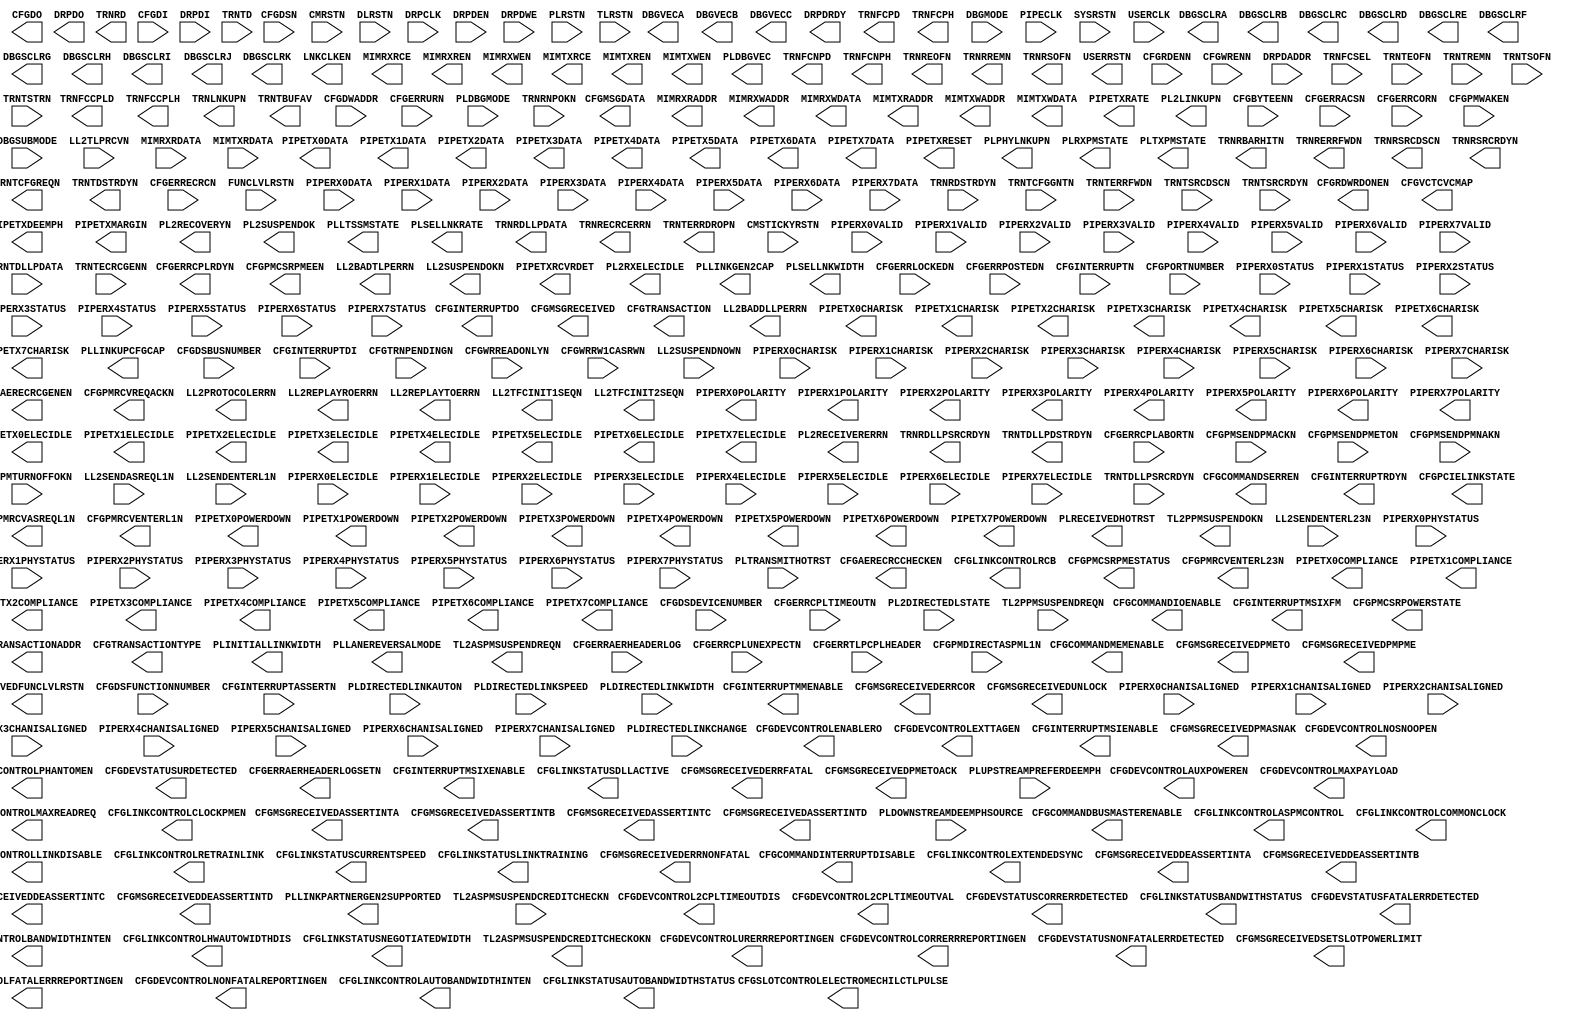
// $Header: /devl/xcs/repo/env/Databases/CAEInterfaces/xec_libs/data/unisims/PCIE_2_0.v,v 1.3 2009/08/22 00:32:35 harikr Exp $
///////////////////////////////////////////////////////////////////////////////
// Copyright (c) 1995/2009 Xilinx, Inc.
// All Right Reserved.
///////////////////////////////////////////////////////////////////////////////
//   ____  ____
//  /   /\/   /
// /___/  \  /    Vendor : Xilinx
// \   \   \/     Version : 11.1i (L.11)
//  \   \         Description : Xilinx Formal Library Component
//  /   /
// /___/   /\     Filename : PCIE_2_0.v
// \   \  /  \    Timestamp :
//  \___\/\___\
//
// Revision:
//    04/28/09 - Initial version.
// End Revision

`timescale 1 ps / 1 ps 

module PCIE_2_0 (
  CFGAERECRCCHECKEN,
  CFGAERECRCGENEN,
  CFGCOMMANDBUSMASTERENABLE,
  CFGCOMMANDINTERRUPTDISABLE,
  CFGCOMMANDIOENABLE,
  CFGCOMMANDMEMENABLE,
  CFGCOMMANDSERREN,
  CFGDEVCONTROL2CPLTIMEOUTDIS,
  CFGDEVCONTROL2CPLTIMEOUTVAL,
  CFGDEVCONTROLAUXPOWEREN,
  CFGDEVCONTROLCORRERRREPORTINGEN,
  CFGDEVCONTROLENABLERO,
  CFGDEVCONTROLEXTTAGEN,
  CFGDEVCONTROLFATALERRREPORTINGEN,
  CFGDEVCONTROLMAXPAYLOAD,
  CFGDEVCONTROLMAXREADREQ,
  CFGDEVCONTROLNONFATALREPORTINGEN,
  CFGDEVCONTROLNOSNOOPEN,
  CFGDEVCONTROLPHANTOMEN,
  CFGDEVCONTROLURERRREPORTINGEN,
  CFGDEVSTATUSCORRERRDETECTED,
  CFGDEVSTATUSFATALERRDETECTED,
  CFGDEVSTATUSNONFATALERRDETECTED,
  CFGDEVSTATUSURDETECTED,
  CFGDO,
  CFGERRAERHEADERLOGSETN,
  CFGERRCPLRDYN,
  CFGINTERRUPTDO,
  CFGINTERRUPTMMENABLE,
  CFGINTERRUPTMSIENABLE,
  CFGINTERRUPTMSIXENABLE,
  CFGINTERRUPTMSIXFM,
  CFGINTERRUPTRDYN,
  CFGLINKCONTROLASPMCONTROL,
  CFGLINKCONTROLAUTOBANDWIDTHINTEN,
  CFGLINKCONTROLBANDWIDTHINTEN,
  CFGLINKCONTROLCLOCKPMEN,
  CFGLINKCONTROLCOMMONCLOCK,
  CFGLINKCONTROLEXTENDEDSYNC,
  CFGLINKCONTROLHWAUTOWIDTHDIS,
  CFGLINKCONTROLLINKDISABLE,
  CFGLINKCONTROLRCB,
  CFGLINKCONTROLRETRAINLINK,
  CFGLINKSTATUSAUTOBANDWIDTHSTATUS,
  CFGLINKSTATUSBANDWITHSTATUS,
  CFGLINKSTATUSCURRENTSPEED,
  CFGLINKSTATUSDLLACTIVE,
  CFGLINKSTATUSLINKTRAINING,
  CFGLINKSTATUSNEGOTIATEDWIDTH,
  CFGMSGDATA,
  CFGMSGRECEIVED,
  CFGMSGRECEIVEDASSERTINTA,
  CFGMSGRECEIVEDASSERTINTB,
  CFGMSGRECEIVEDASSERTINTC,
  CFGMSGRECEIVEDASSERTINTD,
  CFGMSGRECEIVEDDEASSERTINTA,
  CFGMSGRECEIVEDDEASSERTINTB,
  CFGMSGRECEIVEDDEASSERTINTC,
  CFGMSGRECEIVEDDEASSERTINTD,
  CFGMSGRECEIVEDERRCOR,
  CFGMSGRECEIVEDERRFATAL,
  CFGMSGRECEIVEDERRNONFATAL,
  CFGMSGRECEIVEDPMASNAK,
  CFGMSGRECEIVEDPMETO,
  CFGMSGRECEIVEDPMETOACK,
  CFGMSGRECEIVEDPMPME,
  CFGMSGRECEIVEDSETSLOTPOWERLIMIT,
  CFGMSGRECEIVEDUNLOCK,
  CFGPCIELINKSTATE,
  CFGPMCSRPMEEN,
  CFGPMCSRPMESTATUS,
  CFGPMCSRPOWERSTATE,	 
  CFGPMRCVASREQL1N,
  CFGPMRCVENTERL1N,
  CFGPMRCVENTERL23N,
  CFGPMRCVREQACKN,
  CFGRDWRDONEN,
  CFGSLOTCONTROLELECTROMECHILCTLPULSE,
  CFGTRANSACTION,
  CFGTRANSACTIONADDR,
  CFGTRANSACTIONTYPE,
  CFGVCTCVCMAP,
  DBGSCLRA,
  DBGSCLRB,
  DBGSCLRC,
  DBGSCLRD,
  DBGSCLRE,
  DBGSCLRF,
  DBGSCLRG,
  DBGSCLRH,
  DBGSCLRI,
  DBGSCLRJ,
  DBGSCLRK,
  DBGVECA,
  DBGVECB,
  DBGVECC,
  DRPDO,
  DRPDRDY,
  LL2BADDLLPERRN,
  LL2BADTLPERRN,
  LL2PROTOCOLERRN,
  LL2REPLAYROERRN,
  LL2REPLAYTOERRN,
  LL2SUSPENDOKN,
  LL2TFCINIT1SEQN,
  LL2TFCINIT2SEQN,
  LNKCLKEN,		 
  MIMRXRADDR,
  MIMRXRCE,
  MIMRXREN,
  MIMRXWADDR,
  MIMRXWDATA,
  MIMRXWEN,
  MIMTXRADDR,
  MIMTXRCE,
  MIMTXREN,
  MIMTXWADDR,
  MIMTXWDATA,
  MIMTXWEN,
  PIPERX0POLARITY,
  PIPERX1POLARITY,
  PIPERX2POLARITY,
  PIPERX3POLARITY,
  PIPERX4POLARITY,
  PIPERX5POLARITY,
  PIPERX6POLARITY,
  PIPERX7POLARITY,
  PIPETX0CHARISK,
  PIPETX0COMPLIANCE,
  PIPETX0DATA,
  PIPETX0ELECIDLE,
  PIPETX0POWERDOWN,
  PIPETX1CHARISK,
  PIPETX1COMPLIANCE,
  PIPETX1DATA,
  PIPETX1ELECIDLE,
  PIPETX1POWERDOWN,
  PIPETX2CHARISK,
  PIPETX2COMPLIANCE,
  PIPETX2DATA,
  PIPETX2ELECIDLE,
  PIPETX2POWERDOWN,
  PIPETX3CHARISK,
  PIPETX3COMPLIANCE,
  PIPETX3DATA,
  PIPETX3ELECIDLE,
  PIPETX3POWERDOWN,
  PIPETX4CHARISK,
  PIPETX4COMPLIANCE,
  PIPETX4DATA,
  PIPETX4ELECIDLE,
  PIPETX4POWERDOWN,
  PIPETX5CHARISK,
  PIPETX5COMPLIANCE,
  PIPETX5DATA,
  PIPETX5ELECIDLE,
  PIPETX5POWERDOWN,
  PIPETX6CHARISK,
  PIPETX6COMPLIANCE,
  PIPETX6DATA,
  PIPETX6ELECIDLE,
  PIPETX6POWERDOWN,
  PIPETX7CHARISK,
  PIPETX7COMPLIANCE,
  PIPETX7DATA,
  PIPETX7ELECIDLE,
  PIPETX7POWERDOWN,
  PIPETXDEEMPH,
  PIPETXMARGIN,
  PIPETXRATE,
  PIPETXRCVRDET,
  PIPETXRESET,
  PL2LINKUPN,
  PL2RECEIVERERRN,
  PL2RECOVERYN,
  PL2RXELECIDLE,
  PL2SUSPENDOK,
  PLDBGVEC,
  PLINITIALLINKWIDTH,
  PLLANEREVERSALMODE,
  PLLINKGEN2CAP,
  PLLINKPARTNERGEN2SUPPORTED,
  PLLINKUPCFGCAP,
  PLLTSSMSTATE,
  PLPHYLNKUPN,
  PLRECEIVEDHOTRST,
  PLRXPMSTATE,
  PLSELLNKRATE,
  PLSELLNKWIDTH,
  PLTXPMSTATE,
  RECEIVEDFUNCLVLRSTN,
  TL2ASPMSUSPENDCREDITCHECKOKN,
  TL2ASPMSUSPENDREQN,
  TL2PPMSUSPENDOKN,
  TRNFCCPLD,
  TRNFCCPLH,
  TRNFCNPD,
  TRNFCNPH,
  TRNFCPD,
  TRNFCPH,
  TRNLNKUPN,
  TRNRBARHITN,
  TRNRD,
  TRNRDLLPDATA,
  TRNRDLLPSRCRDYN,
  TRNRECRCERRN,
  TRNREOFN,
  TRNRERRFWDN,
  TRNRREMN,
  TRNRSOFN,
  TRNRSRCDSCN,
  TRNRSRCRDYN,
  TRNTBUFAV,
  TRNTCFGREQN,
  TRNTDLLPDSTRDYN,
  TRNTDSTRDYN,
  TRNTERRDROPN,
  USERRSTN,
  CFGBYTEENN,
  CFGDI,
  CFGDSBUSNUMBER,
  CFGDSDEVICENUMBER,
  CFGDSFUNCTIONNUMBER,
  CFGDSN,
  CFGDWADDR,
  CFGERRACSN,
  CFGERRAERHEADERLOG,
  CFGERRCORN,
  CFGERRCPLABORTN,
  CFGERRCPLTIMEOUTN,
  CFGERRCPLUNEXPECTN,
  CFGERRECRCN,
  CFGERRLOCKEDN,
  CFGERRPOSTEDN,
  CFGERRTLPCPLHEADER,
  CFGERRURN,
  CFGINTERRUPTASSERTN,
  CFGINTERRUPTDI,
  CFGINTERRUPTN,
  CFGPMDIRECTASPML1N,
  CFGPMSENDPMACKN,
  CFGPMSENDPMETON,
  CFGPMSENDPMNAKN,
  CFGPMTURNOFFOKN,
  CFGPMWAKEN,
  CFGPORTNUMBER,
  CFGRDENN,
  CFGTRNPENDINGN,
  CFGWRENN,
  CFGWRREADONLYN,
  CFGWRRW1CASRWN,
  CMRSTN,
  CMSTICKYRSTN,
  DBGMODE,
  DBGSUBMODE,
  DLRSTN,
  DRPCLK,
  DRPDADDR,
  DRPDEN,
  DRPDI,
  DRPDWE,
  FUNCLVLRSTN,
  LL2SENDASREQL1N,
  LL2SENDENTERL1N,
  LL2SENDENTERL23N,
  LL2SUSPENDNOWN,
  LL2TLPRCVN,
  MIMRXRDATA,
  MIMTXRDATA,
  PIPECLK,
  PIPERX0CHANISALIGNED,
  PIPERX0CHARISK,
  PIPERX0DATA,
  PIPERX0ELECIDLE,
  PIPERX0PHYSTATUS,
  PIPERX0STATUS,
  PIPERX0VALID,
  PIPERX1CHANISALIGNED,
  PIPERX1CHARISK,
  PIPERX1DATA,
  PIPERX1ELECIDLE,
  PIPERX1PHYSTATUS,
  PIPERX1STATUS,
  PIPERX1VALID,
  PIPERX2CHANISALIGNED,
  PIPERX2CHARISK,
  PIPERX2DATA,
  PIPERX2ELECIDLE,
  PIPERX2PHYSTATUS,
  PIPERX2STATUS,
  PIPERX2VALID,
  PIPERX3CHANISALIGNED,
  PIPERX3CHARISK,
  PIPERX3DATA,
  PIPERX3ELECIDLE,
  PIPERX3PHYSTATUS,
  PIPERX3STATUS,
  PIPERX3VALID,
  PIPERX4CHANISALIGNED,
  PIPERX4CHARISK,
  PIPERX4DATA,
  PIPERX4ELECIDLE,
  PIPERX4PHYSTATUS,
  PIPERX4STATUS,
  PIPERX4VALID,
  PIPERX5CHANISALIGNED,
  PIPERX5CHARISK,
  PIPERX5DATA,
  PIPERX5ELECIDLE,
  PIPERX5PHYSTATUS,
  PIPERX5STATUS,
  PIPERX5VALID,
  PIPERX6CHANISALIGNED,
  PIPERX6CHARISK,
  PIPERX6DATA,
  PIPERX6ELECIDLE,
  PIPERX6PHYSTATUS,
  PIPERX6STATUS,
  PIPERX6VALID,
  PIPERX7CHANISALIGNED,
  PIPERX7CHARISK,
  PIPERX7DATA,
  PIPERX7ELECIDLE,
  PIPERX7PHYSTATUS,
  PIPERX7STATUS,
  PIPERX7VALID,
  PL2DIRECTEDLSTATE,
  PLDBGMODE,
  PLDIRECTEDLINKAUTON,
  PLDIRECTEDLINKCHANGE,
  PLDIRECTEDLINKSPEED,
  PLDIRECTEDLINKWIDTH,
  PLDOWNSTREAMDEEMPHSOURCE,
  PLRSTN,
  PLTRANSMITHOTRST,
  PLUPSTREAMPREFERDEEMPH,
  SYSRSTN,
  TL2ASPMSUSPENDCREDITCHECKN,
  TL2PPMSUSPENDREQN,
  TLRSTN,
  TRNFCSEL,
  TRNRDSTRDYN,
  TRNRNPOKN,
  TRNTCFGGNTN,
  TRNTD,
  TRNTDLLPDATA,
  TRNTDLLPSRCRDYN,
  TRNTECRCGENN,
  TRNTEOFN,
  TRNTERRFWDN,
  TRNTREMN,
  TRNTSOFN,
  TRNTSRCDSCN,
  TRNTSRCRDYN,
  TRNTSTRN,
  USERCLK
);

  parameter [11:0] AER_BASE_PTR = 12'h128;
  parameter AER_CAP_ECRC_CHECK_CAPABLE = "FALSE";
  parameter AER_CAP_ECRC_GEN_CAPABLE = "FALSE";
  parameter [15:0] AER_CAP_ID = 16'h0001;
  parameter [4:0] AER_CAP_INT_MSG_NUM_MSI = 5'h0A;
  parameter [4:0] AER_CAP_INT_MSG_NUM_MSIX = 5'h15;
  parameter [11:0] AER_CAP_NEXTPTR = 12'h160;
  parameter AER_CAP_ON = "FALSE";
  parameter AER_CAP_PERMIT_ROOTERR_UPDATE = "TRUE";
  parameter [3:0] AER_CAP_VERSION = 4'h1;
  parameter ALLOW_X8_GEN2 = "FALSE";
  parameter [31:0] BAR0 = 32'hFFFFFF00;
  parameter [31:0] BAR1 = 32'hFFFF0000;
  parameter [31:0] BAR2 = 32'hFFFF000C;
  parameter [31:0] BAR3 = 32'hFFFFFFFF;
  parameter [31:0] BAR4 = 32'h00000000;
  parameter [31:0] BAR5 = 32'h00000000;
  parameter [7:0] CAPABILITIES_PTR = 8'h40;
  parameter [31:0] CARDBUS_CIS_POINTER = 32'h00000000;
  parameter [23:0] CLASS_CODE = 24'h000000;
  parameter CMD_INTX_IMPLEMENTED = "TRUE";
  parameter CPL_TIMEOUT_DISABLE_SUPPORTED = "FALSE";
  parameter [3:0] CPL_TIMEOUT_RANGES_SUPPORTED = 4'h0;
  parameter [6:0] CRM_MODULE_RSTS = 7'h00;
  parameter [15:0] DEVICE_ID = 16'h0007;
  parameter DEV_CAP_ENABLE_SLOT_PWR_LIMIT_SCALE = "TRUE";
  parameter DEV_CAP_ENABLE_SLOT_PWR_LIMIT_VALUE = "TRUE";
  parameter integer DEV_CAP_ENDPOINT_L0S_LATENCY = 0;
  parameter integer DEV_CAP_ENDPOINT_L1_LATENCY = 0;
  parameter DEV_CAP_EXT_TAG_SUPPORTED = "TRUE";
  parameter DEV_CAP_FUNCTION_LEVEL_RESET_CAPABLE = "FALSE";
  parameter integer DEV_CAP_MAX_PAYLOAD_SUPPORTED = 2;
  parameter integer DEV_CAP_PHANTOM_FUNCTIONS_SUPPORT = 0;
  parameter DEV_CAP_ROLE_BASED_ERROR = "TRUE";
  parameter integer DEV_CAP_RSVD_14_12 = 0;
  parameter integer DEV_CAP_RSVD_17_16 = 0;
  parameter integer DEV_CAP_RSVD_31_29 = 0;
  parameter DEV_CONTROL_AUX_POWER_SUPPORTED = "FALSE";
  parameter DISABLE_ASPM_L1_TIMER = "FALSE";
  parameter DISABLE_BAR_FILTERING = "FALSE";
  parameter DISABLE_ID_CHECK = "FALSE";
  parameter DISABLE_LANE_REVERSAL = "FALSE";
  parameter DISABLE_RX_TC_FILTER = "FALSE";
  parameter DISABLE_SCRAMBLING = "FALSE";
  parameter [7:0] DNSTREAM_LINK_NUM = 8'h00;
  parameter [11:0] DSN_BASE_PTR = 12'h100;
  parameter [15:0] DSN_CAP_ID = 16'h0003;
  parameter [11:0] DSN_CAP_NEXTPTR = 12'h000;
  parameter DSN_CAP_ON = "TRUE";
  parameter [3:0] DSN_CAP_VERSION = 4'h1;
  parameter [10:0] ENABLE_MSG_ROUTE = 11'h000;
  parameter ENABLE_RX_TD_ECRC_TRIM = "FALSE";
  parameter ENTER_RVRY_EI_L0 = "TRUE";
  parameter EXIT_LOOPBACK_ON_EI = "TRUE";
  parameter [31:0] EXPANSION_ROM = 32'hFFFFF001;
  parameter [5:0] EXT_CFG_CAP_PTR = 6'h3F;
  parameter [9:0] EXT_CFG_XP_CAP_PTR = 10'h3FF;
  parameter [7:0] HEADER_TYPE = 8'h00;
  parameter [4:0] INFER_EI = 5'h00;
  parameter [7:0] INTERRUPT_PIN = 8'h01;
  parameter IS_SWITCH = "FALSE";
  parameter [9:0] LAST_CONFIG_DWORD = 10'h042;
  parameter integer LINK_CAP_ASPM_SUPPORT = 1;
  parameter LINK_CAP_CLOCK_POWER_MANAGEMENT = "FALSE";
  parameter LINK_CAP_DLL_LINK_ACTIVE_REPORTING_CAP = "FALSE";
  parameter integer LINK_CAP_L0S_EXIT_LATENCY_COMCLK_GEN1 = 7;
  parameter integer LINK_CAP_L0S_EXIT_LATENCY_COMCLK_GEN2 = 7;
  parameter integer LINK_CAP_L0S_EXIT_LATENCY_GEN1 = 7;
  parameter integer LINK_CAP_L0S_EXIT_LATENCY_GEN2 = 7;
  parameter integer LINK_CAP_L1_EXIT_LATENCY_COMCLK_GEN1 = 7;
  parameter integer LINK_CAP_L1_EXIT_LATENCY_COMCLK_GEN2 = 7;
  parameter integer LINK_CAP_L1_EXIT_LATENCY_GEN1 = 7;
  parameter integer LINK_CAP_L1_EXIT_LATENCY_GEN2 = 7;
  parameter LINK_CAP_LINK_BANDWIDTH_NOTIFICATION_CAP = "FALSE";
  parameter [3:0] LINK_CAP_MAX_LINK_SPEED = 4'h1;
  parameter [5:0] LINK_CAP_MAX_LINK_WIDTH = 6'h08;
  parameter integer LINK_CAP_RSVD_23_22 = 0;
  parameter LINK_CAP_SURPRISE_DOWN_ERROR_CAPABLE = "FALSE";
  parameter integer LINK_CONTROL_RCB = 0;
  parameter LINK_CTRL2_DEEMPHASIS = "FALSE";
  parameter LINK_CTRL2_HW_AUTONOMOUS_SPEED_DISABLE = "FALSE";
  parameter [3:0] LINK_CTRL2_TARGET_LINK_SPEED = 4'h2;
  parameter LINK_STATUS_SLOT_CLOCK_CONFIG = "TRUE";
  parameter [14:0] LL_ACK_TIMEOUT = 15'h0000;
  parameter LL_ACK_TIMEOUT_EN = "FALSE";
  parameter integer LL_ACK_TIMEOUT_FUNC = 0;
  parameter [14:0] LL_REPLAY_TIMEOUT = 15'h0000;
  parameter LL_REPLAY_TIMEOUT_EN = "FALSE";
  parameter integer LL_REPLAY_TIMEOUT_FUNC = 0;
  parameter [5:0] LTSSM_MAX_LINK_WIDTH = 6'h01;
  parameter [7:0] MSIX_BASE_PTR = 8'h9C;
  parameter [7:0] MSIX_CAP_ID = 8'h11;
  parameter [7:0] MSIX_CAP_NEXTPTR = 8'h00;
  parameter MSIX_CAP_ON = "FALSE";
  parameter integer MSIX_CAP_PBA_BIR = 0;
  parameter [28:0] MSIX_CAP_PBA_OFFSET = 29'h00000050;
  parameter integer MSIX_CAP_TABLE_BIR = 0;
  parameter [28:0] MSIX_CAP_TABLE_OFFSET = 29'h00000040;
  parameter [10:0] MSIX_CAP_TABLE_SIZE = 11'h000;
  parameter [7:0] MSI_BASE_PTR = 8'h48;
  parameter MSI_CAP_64_BIT_ADDR_CAPABLE = "TRUE";
  parameter [7:0] MSI_CAP_ID = 8'h05;
  parameter integer MSI_CAP_MULTIMSGCAP = 0;
  parameter integer MSI_CAP_MULTIMSG_EXTENSION = 0;
  parameter [7:0] MSI_CAP_NEXTPTR = 8'h60;
  parameter MSI_CAP_ON = "FALSE";
  parameter MSI_CAP_PER_VECTOR_MASKING_CAPABLE = "TRUE";
  parameter integer N_FTS_COMCLK_GEN1 = 255;
  parameter integer N_FTS_COMCLK_GEN2 = 255;
  parameter integer N_FTS_GEN1 = 255;
  parameter integer N_FTS_GEN2 = 255;
  parameter [7:0] PCIE_BASE_PTR = 8'h60;
  parameter [7:0] PCIE_CAP_CAPABILITY_ID = 8'h10;
  parameter [3:0] PCIE_CAP_CAPABILITY_VERSION = 4'h2;
  parameter [3:0] PCIE_CAP_DEVICE_PORT_TYPE = 4'h0;
  parameter [4:0] PCIE_CAP_INT_MSG_NUM = 5'h00;
  parameter [7:0] PCIE_CAP_NEXTPTR = 8'h00;
  parameter PCIE_CAP_ON = "TRUE";
  parameter integer PCIE_CAP_RSVD_15_14 = 0;
  parameter PCIE_CAP_SLOT_IMPLEMENTED = "FALSE";
  parameter integer PCIE_REVISION = 2;
  parameter integer PGL0_LANE = 0;
  parameter integer PGL1_LANE = 1;
  parameter integer PGL2_LANE = 2;
  parameter integer PGL3_LANE = 3;
  parameter integer PGL4_LANE = 4;
  parameter integer PGL5_LANE = 5;
  parameter integer PGL6_LANE = 6;
  parameter integer PGL7_LANE = 7;
  parameter integer PL_AUTO_CONFIG = 0;
  parameter PL_FAST_TRAIN = "FALSE";
  parameter [7:0] PM_BASE_PTR = 8'h40;
  parameter integer PM_CAP_AUXCURRENT = 0;
  parameter PM_CAP_D1SUPPORT = "TRUE";
  parameter PM_CAP_D2SUPPORT = "TRUE";
  parameter PM_CAP_DSI = "FALSE";
  parameter [7:0] PM_CAP_ID = 8'h01;
  parameter [7:0] PM_CAP_NEXTPTR = 8'h48;
  parameter PM_CAP_ON = "TRUE";
  parameter [4:0] PM_CAP_PMESUPPORT = 5'h0F;
  parameter PM_CAP_PME_CLOCK = "FALSE";
  parameter integer PM_CAP_RSVD_04 = 0;
  parameter integer PM_CAP_VERSION = 3;
  parameter PM_CSR_B2B3 = "FALSE";
  parameter PM_CSR_BPCCEN = "FALSE";
  parameter PM_CSR_NOSOFTRST = "TRUE";
  parameter [7:0] PM_DATA0 = 8'h01;
  parameter [7:0] PM_DATA1 = 8'h01;
  parameter [7:0] PM_DATA2 = 8'h01;
  parameter [7:0] PM_DATA3 = 8'h01;
  parameter [7:0] PM_DATA4 = 8'h01;
  parameter [7:0] PM_DATA5 = 8'h01;
  parameter [7:0] PM_DATA6 = 8'h01;
  parameter [7:0] PM_DATA7 = 8'h01;
  parameter [1:0] PM_DATA_SCALE0 = 2'h1;
  parameter [1:0] PM_DATA_SCALE1 = 2'h1;
  parameter [1:0] PM_DATA_SCALE2 = 2'h1;
  parameter [1:0] PM_DATA_SCALE3 = 2'h1;
  parameter [1:0] PM_DATA_SCALE4 = 2'h1;
  parameter [1:0] PM_DATA_SCALE5 = 2'h1;
  parameter [1:0] PM_DATA_SCALE6 = 2'h1;
  parameter [1:0] PM_DATA_SCALE7 = 2'h1;
  parameter integer RECRC_CHK = 0;
  parameter RECRC_CHK_TRIM = "FALSE";
  parameter [7:0] REVISION_ID = 8'h00;
  parameter ROOT_CAP_CRS_SW_VISIBILITY = "FALSE";
  parameter SELECT_DLL_IF = "FALSE";
  parameter SIM_VERSION = "1.0";
  parameter SLOT_CAP_ATT_BUTTON_PRESENT = "FALSE";
  parameter SLOT_CAP_ATT_INDICATOR_PRESENT = "FALSE";
  parameter SLOT_CAP_ELEC_INTERLOCK_PRESENT = "FALSE";
  parameter SLOT_CAP_HOTPLUG_CAPABLE = "FALSE";
  parameter SLOT_CAP_HOTPLUG_SURPRISE = "FALSE";
  parameter SLOT_CAP_MRL_SENSOR_PRESENT = "FALSE";
  parameter SLOT_CAP_NO_CMD_COMPLETED_SUPPORT = "FALSE";
  parameter [12:0] SLOT_CAP_PHYSICAL_SLOT_NUM = 13'h0000;
  parameter SLOT_CAP_POWER_CONTROLLER_PRESENT = "FALSE";
  parameter SLOT_CAP_POWER_INDICATOR_PRESENT = "FALSE";
  parameter integer SLOT_CAP_SLOT_POWER_LIMIT_SCALE = 0;
  parameter [7:0] SLOT_CAP_SLOT_POWER_LIMIT_VALUE = 8'h00;
  parameter integer SPARE_BIT0 = 0;
  parameter integer SPARE_BIT1 = 0;
  parameter integer SPARE_BIT2 = 0;
  parameter integer SPARE_BIT3 = 0;
  parameter integer SPARE_BIT4 = 0;
  parameter integer SPARE_BIT5 = 0;
  parameter integer SPARE_BIT6 = 0;
  parameter integer SPARE_BIT7 = 0;
  parameter integer SPARE_BIT8 = 0;
  parameter [7:0] SPARE_BYTE0 = 8'h00;
  parameter [7:0] SPARE_BYTE1 = 8'h00;
  parameter [7:0] SPARE_BYTE2 = 8'h00;
  parameter [7:0] SPARE_BYTE3 = 8'h00;
  parameter [31:0] SPARE_WORD0 = 32'h00000000;
  parameter [31:0] SPARE_WORD1 = 32'h00000000;
  parameter [31:0] SPARE_WORD2 = 32'h00000000;
  parameter [31:0] SPARE_WORD3 = 32'h00000000;
  parameter [15:0] SUBSYSTEM_ID = 16'h0007;
  parameter [15:0] SUBSYSTEM_VENDOR_ID = 16'h10EE;
  parameter TL_RBYPASS = "FALSE";
  parameter integer TL_RX_RAM_RADDR_LATENCY = 0;
  parameter integer TL_RX_RAM_RDATA_LATENCY = 2;
  parameter integer TL_RX_RAM_WRITE_LATENCY = 0;
  parameter TL_TFC_DISABLE = "FALSE";
  parameter TL_TX_CHECKS_DISABLE = "FALSE";
  parameter integer TL_TX_RAM_RADDR_LATENCY = 0;
  parameter integer TL_TX_RAM_RDATA_LATENCY = 2;
  parameter integer TL_TX_RAM_WRITE_LATENCY = 0;
  parameter UPCONFIG_CAPABLE = "TRUE";
  parameter UPSTREAM_FACING = "TRUE";
  parameter UR_INV_REQ = "TRUE";
  parameter integer USER_CLK_FREQ = 3;
  parameter VC0_CPL_INFINITE = "TRUE";
  parameter [12:0] VC0_RX_RAM_LIMIT = 13'h03FF;
  parameter integer VC0_TOTAL_CREDITS_CD = 127;
  parameter integer VC0_TOTAL_CREDITS_CH = 31;
  parameter integer VC0_TOTAL_CREDITS_NPH = 12;
  parameter integer VC0_TOTAL_CREDITS_PD = 288;
  parameter integer VC0_TOTAL_CREDITS_PH = 32;
  parameter integer VC0_TX_LASTPACKET = 31;
  parameter [11:0] VC_BASE_PTR = 12'h10C;
  parameter [15:0] VC_CAP_ID = 16'h0002;
  parameter [11:0] VC_CAP_NEXTPTR = 12'h000;
  parameter VC_CAP_ON = "FALSE";
  parameter VC_CAP_REJECT_SNOOP_TRANSACTIONS = "FALSE";
  parameter [3:0] VC_CAP_VERSION = 4'h1;
  parameter [15:0] VENDOR_ID = 16'h10EE;
  parameter [11:0] VSEC_BASE_PTR = 12'h160;
  parameter [15:0] VSEC_CAP_HDR_ID = 16'h1234;
  parameter [11:0] VSEC_CAP_HDR_LENGTH = 12'h018;
  parameter [3:0] VSEC_CAP_HDR_REVISION = 4'h1;
  parameter [15:0] VSEC_CAP_ID = 16'h000B;
  parameter VSEC_CAP_IS_LINK_VISIBLE = "TRUE";
  parameter [11:0] VSEC_CAP_NEXTPTR = 12'h000;
  parameter VSEC_CAP_ON = "FALSE";
  parameter [3:0] VSEC_CAP_VERSION = 4'h1;
  
  output CFGAERECRCCHECKEN;
  output CFGAERECRCGENEN;
  output CFGCOMMANDBUSMASTERENABLE;
  output CFGCOMMANDINTERRUPTDISABLE;
  output CFGCOMMANDIOENABLE;
  output CFGCOMMANDMEMENABLE;
  output CFGCOMMANDSERREN;
  output CFGDEVCONTROL2CPLTIMEOUTDIS;
  output CFGDEVCONTROLAUXPOWEREN;
  output CFGDEVCONTROLCORRERRREPORTINGEN;
  output CFGDEVCONTROLENABLERO;
  output CFGDEVCONTROLEXTTAGEN;
  output CFGDEVCONTROLFATALERRREPORTINGEN;
  output CFGDEVCONTROLNONFATALREPORTINGEN;
  output CFGDEVCONTROLNOSNOOPEN;
  output CFGDEVCONTROLPHANTOMEN;
  output CFGDEVCONTROLURERRREPORTINGEN;
  output CFGDEVSTATUSCORRERRDETECTED;
  output CFGDEVSTATUSFATALERRDETECTED;
  output CFGDEVSTATUSNONFATALERRDETECTED;
  output CFGDEVSTATUSURDETECTED;
  output CFGERRAERHEADERLOGSETN;
  output CFGERRCPLRDYN;
  output CFGINTERRUPTMSIENABLE;
  output CFGINTERRUPTMSIXENABLE;
  output CFGINTERRUPTMSIXFM;
  output CFGINTERRUPTRDYN;
  output CFGLINKCONTROLAUTOBANDWIDTHINTEN;
  output CFGLINKCONTROLBANDWIDTHINTEN;
  output CFGLINKCONTROLCLOCKPMEN;
  output CFGLINKCONTROLCOMMONCLOCK;
  output CFGLINKCONTROLEXTENDEDSYNC;
  output CFGLINKCONTROLHWAUTOWIDTHDIS;
  output CFGLINKCONTROLLINKDISABLE;
  output CFGLINKCONTROLRCB;
  output CFGLINKCONTROLRETRAINLINK;
  output CFGLINKSTATUSAUTOBANDWIDTHSTATUS;
  output CFGLINKSTATUSBANDWITHSTATUS;
  output CFGLINKSTATUSDLLACTIVE;
  output CFGLINKSTATUSLINKTRAINING;
  output CFGMSGRECEIVED;
  output CFGMSGRECEIVEDASSERTINTA;
  output CFGMSGRECEIVEDASSERTINTB;
  output CFGMSGRECEIVEDASSERTINTC;
  output CFGMSGRECEIVEDASSERTINTD;
  output CFGMSGRECEIVEDDEASSERTINTA;
  output CFGMSGRECEIVEDDEASSERTINTB;
  output CFGMSGRECEIVEDDEASSERTINTC;
  output CFGMSGRECEIVEDDEASSERTINTD;
  output CFGMSGRECEIVEDERRCOR;
  output CFGMSGRECEIVEDERRFATAL;
  output CFGMSGRECEIVEDERRNONFATAL;
  output CFGMSGRECEIVEDPMASNAK;
  output CFGMSGRECEIVEDPMETO;
  output CFGMSGRECEIVEDPMETOACK;
  output CFGMSGRECEIVEDPMPME;
  output CFGMSGRECEIVEDSETSLOTPOWERLIMIT;
  output CFGMSGRECEIVEDUNLOCK;
  output CFGPMCSRPMEEN;
  output CFGPMCSRPMESTATUS;
  output CFGPMRCVASREQL1N;
  output CFGPMRCVENTERL1N;
  output CFGPMRCVENTERL23N;
  output CFGPMRCVREQACKN;
  output CFGRDWRDONEN;
  output CFGSLOTCONTROLELECTROMECHILCTLPULSE;
  output CFGTRANSACTION;
  output CFGTRANSACTIONTYPE;
  output DBGSCLRA;
  output DBGSCLRB;
  output DBGSCLRC;
  output DBGSCLRD;
  output DBGSCLRE;
  output DBGSCLRF;
  output DBGSCLRG;
  output DBGSCLRH;
  output DBGSCLRI;
  output DBGSCLRJ;
  output DBGSCLRK;
  output DRPDRDY;
  output LL2BADDLLPERRN;
  output LL2BADTLPERRN;
  output LL2PROTOCOLERRN;
  output LL2REPLAYROERRN;
  output LL2REPLAYTOERRN;
  output LL2SUSPENDOKN;
  output LL2TFCINIT1SEQN;
  output LL2TFCINIT2SEQN;
  output LNKCLKEN;
  output MIMRXRCE;
  output MIMRXREN;
  output MIMRXWEN;
  output MIMTXRCE;
  output MIMTXREN;
  output MIMTXWEN;
  output PIPERX0POLARITY;
  output PIPERX1POLARITY;
  output PIPERX2POLARITY;
  output PIPERX3POLARITY;
  output PIPERX4POLARITY;
  output PIPERX5POLARITY;
  output PIPERX6POLARITY;
  output PIPERX7POLARITY;
  output PIPETX0COMPLIANCE;
  output PIPETX0ELECIDLE;
  output PIPETX1COMPLIANCE;
  output PIPETX1ELECIDLE;
  output PIPETX2COMPLIANCE;
  output PIPETX2ELECIDLE;
  output PIPETX3COMPLIANCE;
  output PIPETX3ELECIDLE;
  output PIPETX4COMPLIANCE;
  output PIPETX4ELECIDLE;
  output PIPETX5COMPLIANCE;
  output PIPETX5ELECIDLE;
  output PIPETX6COMPLIANCE;
  output PIPETX6ELECIDLE;
  output PIPETX7COMPLIANCE;
  output PIPETX7ELECIDLE;
  output PIPETXDEEMPH;
  output PIPETXRATE;
  output PIPETXRCVRDET;
  output PIPETXRESET;
  output PL2LINKUPN;
  output PL2RECEIVERERRN;
  output PL2RECOVERYN;
  output PL2RXELECIDLE;
  output PL2SUSPENDOK;
  output PLLINKGEN2CAP;
  output PLLINKPARTNERGEN2SUPPORTED;
  output PLLINKUPCFGCAP;
  output PLPHYLNKUPN;
  output PLRECEIVEDHOTRST;
  output PLSELLNKRATE;
  output RECEIVEDFUNCLVLRSTN;
  output TL2ASPMSUSPENDCREDITCHECKOKN;
  output TL2ASPMSUSPENDREQN;
  output TL2PPMSUSPENDOKN;
  output TRNLNKUPN;
  output TRNRDLLPSRCRDYN;
  output TRNRECRCERRN;
  output TRNREOFN;
  output TRNRERRFWDN;
  output TRNRREMN;
  output TRNRSOFN;
  output TRNRSRCDSCN;
  output TRNRSRCRDYN;
  output TRNTCFGREQN;
  output TRNTDLLPDSTRDYN;
  output TRNTDSTRDYN;
  output TRNTERRDROPN;
  output USERRSTN;
  output [11:0] DBGVECC;
  output [11:0] PLDBGVEC;
  output [11:0] TRNFCCPLD;
  output [11:0] TRNFCNPD;
  output [11:0] TRNFCPD;
  output [12:0] MIMRXRADDR;
  output [12:0] MIMRXWADDR;
  output [12:0] MIMTXRADDR;
  output [12:0] MIMTXWADDR;
  output [15:0] CFGMSGDATA;
  output [15:0] DRPDO;
  output [15:0] PIPETX0DATA;
  output [15:0] PIPETX1DATA;
  output [15:0] PIPETX2DATA;
  output [15:0] PIPETX3DATA;
  output [15:0] PIPETX4DATA;
  output [15:0] PIPETX5DATA;
  output [15:0] PIPETX6DATA;
  output [15:0] PIPETX7DATA;
  output [1:0] CFGLINKCONTROLASPMCONTROL;
  output [1:0] CFGLINKSTATUSCURRENTSPEED;
  output [1:0] CFGPMCSRPOWERSTATE;
  output [1:0] PIPETX0CHARISK;
  output [1:0] PIPETX0POWERDOWN;
  output [1:0] PIPETX1CHARISK;
  output [1:0] PIPETX1POWERDOWN;
  output [1:0] PIPETX2CHARISK;
  output [1:0] PIPETX2POWERDOWN;
  output [1:0] PIPETX3CHARISK;
  output [1:0] PIPETX3POWERDOWN;
  output [1:0] PIPETX4CHARISK;
  output [1:0] PIPETX4POWERDOWN;
  output [1:0] PIPETX5CHARISK;
  output [1:0] PIPETX5POWERDOWN;
  output [1:0] PIPETX6CHARISK;
  output [1:0] PIPETX6POWERDOWN;
  output [1:0] PIPETX7CHARISK;
  output [1:0] PIPETX7POWERDOWN;
  output [1:0] PLLANEREVERSALMODE;
  output [1:0] PLRXPMSTATE;
  output [1:0] PLSELLNKWIDTH;
  output [2:0] CFGDEVCONTROLMAXPAYLOAD;
  output [2:0] CFGDEVCONTROLMAXREADREQ;
  output [2:0] CFGINTERRUPTMMENABLE;
  output [2:0] CFGPCIELINKSTATE;
  output [2:0] PIPETXMARGIN;
  output [2:0] PLINITIALLINKWIDTH;
  output [2:0] PLTXPMSTATE;
  output [31:0] CFGDO;
  output [31:0] TRNRDLLPDATA;
  output [3:0] CFGDEVCONTROL2CPLTIMEOUTVAL;
  output [3:0] CFGLINKSTATUSNEGOTIATEDWIDTH;
  output [5:0] PLLTSSMSTATE;
  output [5:0] TRNTBUFAV;
  output [63:0] DBGVECA;
  output [63:0] DBGVECB;
  output [63:0] TRNRD;
  output [67:0] MIMRXWDATA;
  output [68:0] MIMTXWDATA;
  output [6:0] CFGTRANSACTIONADDR;
  output [6:0] CFGVCTCVCMAP;
  output [6:0] TRNRBARHITN;
  output [7:0] CFGINTERRUPTDO;
  output [7:0] TRNFCCPLH;
  output [7:0] TRNFCNPH;
  output [7:0] TRNFCPH;

  input CFGERRACSN;
  input CFGERRCORN;
  input CFGERRCPLABORTN;
  input CFGERRCPLTIMEOUTN;
  input CFGERRCPLUNEXPECTN;
  input CFGERRECRCN;
  input CFGERRLOCKEDN;
  input CFGERRPOSTEDN;
  input CFGERRURN;
  input CFGINTERRUPTASSERTN;
  input CFGINTERRUPTN;
  input CFGPMDIRECTASPML1N;
  input CFGPMSENDPMACKN;
  input CFGPMSENDPMETON;
  input CFGPMSENDPMNAKN;
  input CFGPMTURNOFFOKN;
  input CFGPMWAKEN;
  input CFGRDENN;
  input CFGTRNPENDINGN;
  input CFGWRENN;
  input CFGWRREADONLYN;
  input CFGWRRW1CASRWN;
  input CMRSTN;
  input CMSTICKYRSTN;
  input DBGSUBMODE;
  input DLRSTN;
  input DRPCLK;
  input DRPDEN;
  input DRPDWE;
  input FUNCLVLRSTN;
  input LL2SENDASREQL1N;
  input LL2SENDENTERL1N;
  input LL2SENDENTERL23N;
  input LL2SUSPENDNOWN;
  input LL2TLPRCVN;
  input PIPECLK;
  input PIPERX0CHANISALIGNED;
  input PIPERX0ELECIDLE;
  input PIPERX0PHYSTATUS;
  input PIPERX0VALID;
  input PIPERX1CHANISALIGNED;
  input PIPERX1ELECIDLE;
  input PIPERX1PHYSTATUS;
  input PIPERX1VALID;
  input PIPERX2CHANISALIGNED;
  input PIPERX2ELECIDLE;
  input PIPERX2PHYSTATUS;
  input PIPERX2VALID;
  input PIPERX3CHANISALIGNED;
  input PIPERX3ELECIDLE;
  input PIPERX3PHYSTATUS;
  input PIPERX3VALID;
  input PIPERX4CHANISALIGNED;
  input PIPERX4ELECIDLE;
  input PIPERX4PHYSTATUS;
  input PIPERX4VALID;
  input PIPERX5CHANISALIGNED;
  input PIPERX5ELECIDLE;
  input PIPERX5PHYSTATUS;
  input PIPERX5VALID;
  input PIPERX6CHANISALIGNED;
  input PIPERX6ELECIDLE;
  input PIPERX6PHYSTATUS;
  input PIPERX6VALID;
  input PIPERX7CHANISALIGNED;
  input PIPERX7ELECIDLE;
  input PIPERX7PHYSTATUS;
  input PIPERX7VALID;
  input PLDIRECTEDLINKAUTON;
  input PLDIRECTEDLINKSPEED;
  input PLDOWNSTREAMDEEMPHSOURCE;
  input PLRSTN;
  input PLTRANSMITHOTRST;
  input PLUPSTREAMPREFERDEEMPH;
  input SYSRSTN;
  input TL2ASPMSUSPENDCREDITCHECKN;
  input TL2PPMSUSPENDREQN;
  input TLRSTN;
  input TRNRDSTRDYN;
  input TRNRNPOKN;
  input TRNTCFGGNTN;
  input TRNTDLLPSRCRDYN;
  input TRNTECRCGENN;
  input TRNTEOFN;
  input TRNTERRFWDN;
  input TRNTREMN;
  input TRNTSOFN;
  input TRNTSRCDSCN;
  input TRNTSRCRDYN;
  input TRNTSTRN;
  input USERCLK;
  input [127:0] CFGERRAERHEADERLOG;
  input [15:0] DRPDI;
  input [15:0] PIPERX0DATA;
  input [15:0] PIPERX1DATA;
  input [15:0] PIPERX2DATA;
  input [15:0] PIPERX3DATA;
  input [15:0] PIPERX4DATA;
  input [15:0] PIPERX5DATA;
  input [15:0] PIPERX6DATA;
  input [15:0] PIPERX7DATA;
  input [1:0] DBGMODE;
  input [1:0] PIPERX0CHARISK;
  input [1:0] PIPERX1CHARISK;
  input [1:0] PIPERX2CHARISK;
  input [1:0] PIPERX3CHARISK;
  input [1:0] PIPERX4CHARISK;
  input [1:0] PIPERX5CHARISK;
  input [1:0] PIPERX6CHARISK;
  input [1:0] PIPERX7CHARISK;
  input [1:0] PLDIRECTEDLINKCHANGE;
  input [1:0] PLDIRECTEDLINKWIDTH;
  input [2:0] CFGDSFUNCTIONNUMBER;
  input [2:0] PIPERX0STATUS;
  input [2:0] PIPERX1STATUS;
  input [2:0] PIPERX2STATUS;
  input [2:0] PIPERX3STATUS;
  input [2:0] PIPERX4STATUS;
  input [2:0] PIPERX5STATUS;
  input [2:0] PIPERX6STATUS;
  input [2:0] PIPERX7STATUS;
  input [2:0] PLDBGMODE;
  input [2:0] TRNFCSEL;
  input [31:0] CFGDI;
  input [31:0] TRNTDLLPDATA;
  input [3:0] CFGBYTEENN;
  input [47:0] CFGERRTLPCPLHEADER;
  input [4:0] CFGDSDEVICENUMBER;
  input [4:0] PL2DIRECTEDLSTATE;
  input [63:0] CFGDSN;
  input [63:0] TRNTD;
  input [67:0] MIMRXRDATA;
  input [68:0] MIMTXRDATA;
  input [7:0] CFGDSBUSNUMBER;
  input [7:0] CFGINTERRUPTDI;
  input [7:0] CFGPORTNUMBER;
  input [8:0] DRPDADDR;
  input [9:0] CFGDWADDR;

  endmodule